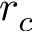
r _ { c }